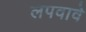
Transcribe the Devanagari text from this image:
लपवावे